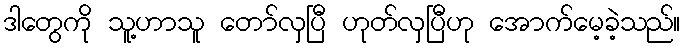
ဒါတွေကို သူ့ဟာသူ တော်လှပြီ ဟုတ်လှပြီဟု အောက်မေ့ခဲ့သည်။